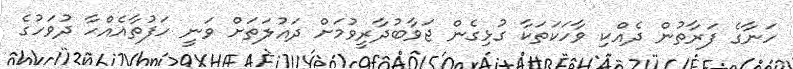
ހަނާގެ ފަރާތުން ދެއްކި ވާހަކަތަކާ ގުޅިގެން ޖަވާބުދާރީވުމަށް ދައުލަތަށް ވަނީ ހަފުތާއެއްހާ ދުވަހުގެ